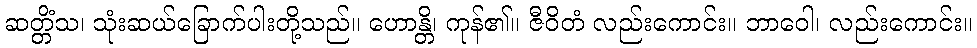
ဆတ္တိံသ၊ သုံးဆယ်ခြောက်ပါးတို့သည်။ ဟောန္တိ၊ ကုန်၏။ ဇီဝိတံ လည်းကောင်း။ ဘာဝေါ၊ လည်းကောင်း။